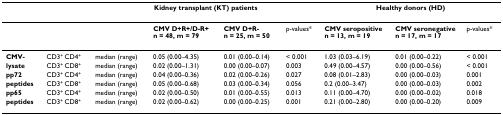
<table><thead><tr><td></td><td></td><td colspan="4"><b>Kidney transplant (KT) patients</b></td><td colspan="3"><b>Healthy donors (HD)</b></td></tr></thead><tbody><tr><td></td><td></td><td></td><td><b>CMV D+R+/D-R+ </b><b>n = 48, m = 79</b></td><td><b>CMV D+R- </b><b>n = 25, m = 50</b></td><td>p-values*</td><td><b>CMV seropositive </b><b>n = 13, m = 19</b></td><td><b>CMV seronegative </b><b>n = 17, m = 17</b></td><td>p-values*</td></tr><tr><td><b>CMV-</b></td><td>CD3<sup>+ </sup>CD4<sup>+</sup></td><td>median (range)</td><td>0.05 (0.00–4.35)</td><td>0.01 (0.00–0.14)</td><td>&lt; 0.001</td><td>1.03 (0.03–6.19)</td><td>0.01 (0.00–0.22)</td><td>&lt; 0.001</td></tr><tr><td><b>lysate</b></td><td>CD3<sup>+ </sup>CD8<sup>+</sup></td><td>median (range)</td><td>0.02 (0.00–1.31)</td><td>0.00 (0.00–0.07)</td><td>0.003</td><td>0.49 (0.00–4.57)</td><td>0.00 (0.00–0.56)</td><td>&lt; 0.001</td></tr><tr><td><b>pp72</b></td><td>CD3<sup>+ </sup>CD4<sup>+</sup></td><td>median (range)</td><td>0.04 (0.00–0.36)</td><td>0.02 (0.00–0.26)</td><td>0.027</td><td>0.08 (0.01–2.83)</td><td>0.00 (0.00–0.03)</td><td>0.001</td></tr><tr><td><b>peptides</b></td><td>CD3<sup>+ </sup>CD8<sup>+</sup></td><td>median (range)</td><td>0.05 (0.00–0.68)</td><td>0.03 (0.00–0.34)</td><td>0.056</td><td>0.2 (0.00–3.47)</td><td>0.00 (0.00–0.03)</td><td>0.002</td></tr><tr><td><b>pp65</b></td><td>CD3<sup>+ </sup>CD4<sup>+</sup></td><td>median (range)</td><td>0.02 (0.00–0.50)</td><td>0.01 (0.00–0.55)</td><td>0.013</td><td>0.11 (0.00–4.70)</td><td>0.00 (0.00–0.02)</td><td>0.018</td></tr><tr><td><b>peptides</b></td><td>CD3<sup>+ </sup>CD8<sup>+</sup></td><td>median (range)</td><td>0.02 (0.00–0.62)</td><td>0.00 (0.00–0.25)</td><td>0.001</td><td>0.21 (0.00–2.80)</td><td>0.00 (0.00–0.20)</td><td>0.009</td></tr></tbody></table>